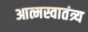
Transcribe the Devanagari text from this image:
आत्मस्वातंत्र्य